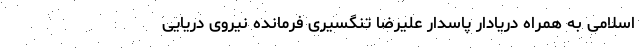
اسلامی به همراه دریادار پاسدار علیرضا تنگسیری فرمانده نیروی دریایی